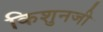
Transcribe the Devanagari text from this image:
किशुनजी